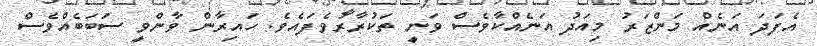
އެފަދަ އަނެއް މަންޒަރު މިއަދު އަނެއްކާވެސް ވަނީ ތަކުރާރުވެފައެވެ. ހައިރާން ވާންވީ ސަބަބެއްވެސް